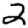
Digit: 2